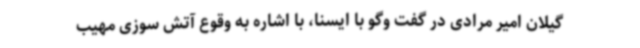
گیلان امیر مرادی در گفت وگو با ایسنا، با اشاره به وقوع آتش سوزی مهیب